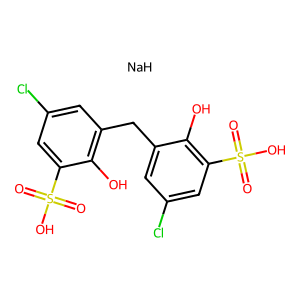
SMILES: O=S(=O)(O)c1cc(Cl)cc(Cc2cc(Cl)cc(S(=O)(=O)O)c2O)c1O.[NaH]
Inhibits HIV replication: Yes